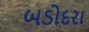
બડોદરા